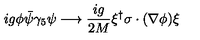
i g \phi \bar { \psi } \gamma _ { 5 } \psi \longrightarrow \frac { i g } { 2 M } \xi ^ { \dag } \mathrm { \boldmath \sigma } \cdot ( \mathrm { \boldmath \nabla } \phi ) \xi